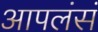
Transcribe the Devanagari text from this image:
आपलंसं